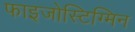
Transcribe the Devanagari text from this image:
फाइजोस्टिग्मिन